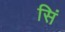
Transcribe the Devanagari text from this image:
सिं